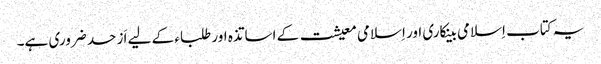
یہ کتاب اِسلامی بینکاری اور اِسلامی معیشت کے اساتذہ اور طلباء کے لیے اَز حد ضروری ہے۔